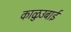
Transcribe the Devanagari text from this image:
काळुउबाई